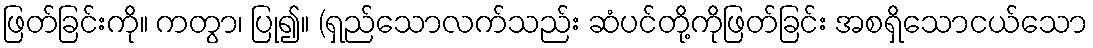
ဖြတ်ခြင်းကို။ ကတွာ၊ ပြု၍။ (ရှည်သောလက်သည်း ဆံပင်တို့ကိုဖြတ်ခြင်း အစရှိသောငယ်သော